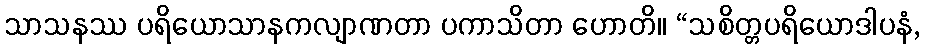
သာသနဿ ပရိယောသာနကလျာဏတာ ပကာသိတာ ဟောတိ။ “သစိတ္တပရိယောဒါပနံ,